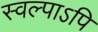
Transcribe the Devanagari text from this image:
स्वल्पाऽपि